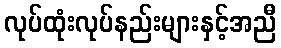
လုပ်ထုံးလုပ်နည်းများနှင့်အညီ